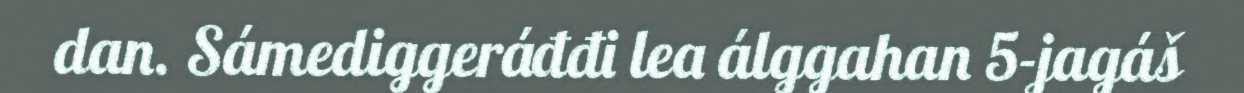
dan. Sámediggeráđđi lea álggahan 5-jagáš